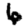
Digit: 6